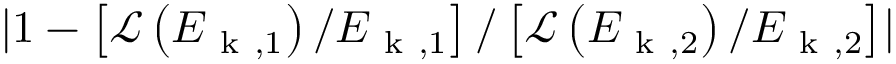
\lvert 1 - \left[ \mathcal { L } \left( E _ { \mathrm { ~ k ~ } , 1 } \right) / E _ { \mathrm { ~ k ~ } , 1 } \right] / \left[ \mathcal { L } \left( E _ { \mathrm { ~ k ~ } , 2 } \right) / E _ { \mathrm { ~ k ~ } , 2 } \right] \rvert